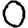
Digit: 0